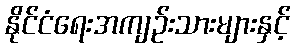
နိုင်ငံရေးအကျဉ်းသားများနှင့်